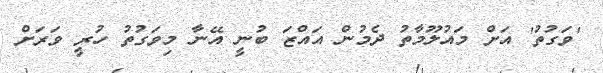
'ވަގުތު' އަށް މައުލޫމާތު ދެމުން އައްޒަ ބުނީ އޭނާ މިވަގުތު ހުރީ ވަރަށް